Leaving Certificate Examination, 1911, 1911
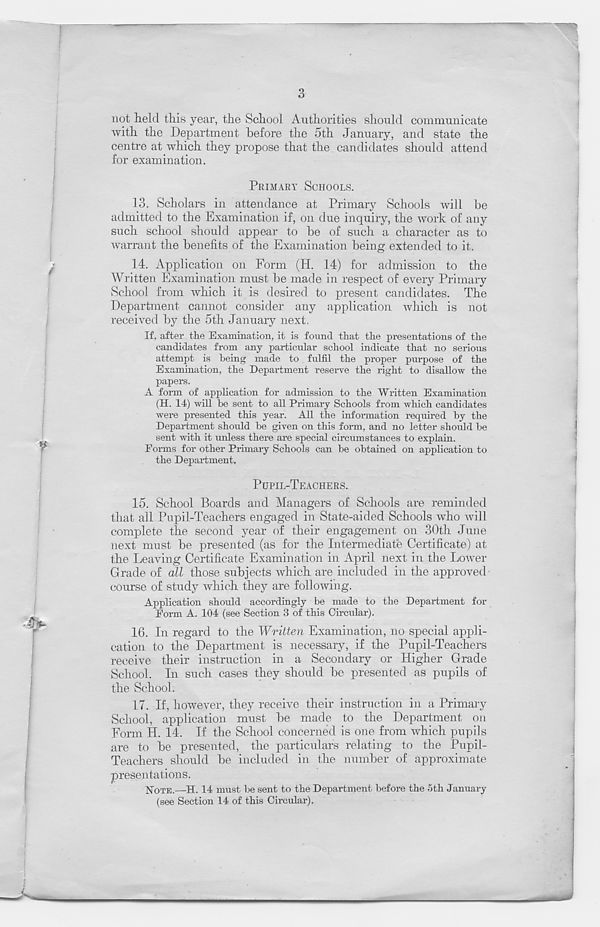
not held this year, the School Authorities should communicate
with the Department before the 5th January, and state the
centre at which they propose that the candidates should attend
for examination.
PRIMARY SCHOOLS.
13. Scholars in attendance at Primary Schools will be
admitted to the Examination if, on due inquiry, the work of any
such school should appear to be of such a character as to
warrant the benefits of the Examination being extended to it.
14. Application on Form (H. 14) for admission to the
Written Examination must be made in respect of every Primary
School from which it is desired to present candidates. The
Department cannot consider any application which is not
received by the 5th January next.
If, after the Examination, it is found that the presentations of the
candidates from any particular school indicate that no serious
attempt is being made to fulfil the proper purpose of the
Examination, the Department reserve the right to disallow the
papers.
A form of application for admission to the Written Examination
(H. 14) will be sent to all Primary Schools from which candidates
were presented this year. All the information required by the
Department should be given on this form, and no letter should be
sent with it unless there are special circumstances to explain.
Forms for other Primary Schools can be obtained on application to
the Department,
PUPIL-TEACHERS.
15.
Scbool Boards and Mana
that all Pupil-Teachers engaged in State-aided Schools who will
complete the second year of their engagement on 30th June
next must be presented (as for the Intermediate Certificate) at
the Leaving Certificate Examination in April next in the Lower
Grade of all those subjects which are included in the approved
course of study which they are following.
Application should accordingly be made to the Department for
Form A. 104 (see Section 3 of this Circular).
16.
In regard to the Written
cation to the Department is necessary, if the Pupil-Teachers
receive their instruction in a Secondary or Higher Grade
School. In such cases they should be presented as pupils of
the School.
17.
If, however, they receive
School, application must be made to the Department on
Form H. 14. If the School concerned is one from which pupils
are to be presented, the particulars relating to the Pupil-
Teachers should be included in the number of approximate
presentations.
NOTE.—H. 14 must be sent to the Department before the 5th January
(see Section 14 of this Circular).